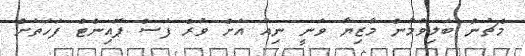
މެޗުން ބަލިވުމުން މާޒިޔާ ވަނީ ނިއު އަށް ވުރެ ފަސް ޕޮއިންޓް ފަހަތަށް